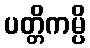
ပတ္တိကမ္ပိ